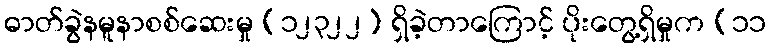
ဓာတ်ခွဲနမူနာစစ်ဆေးမှု (၁၂၃၂၂) ရှိခဲ့တာကြောင့် ပိုးတွေ့ရှိမှုက (၁၁